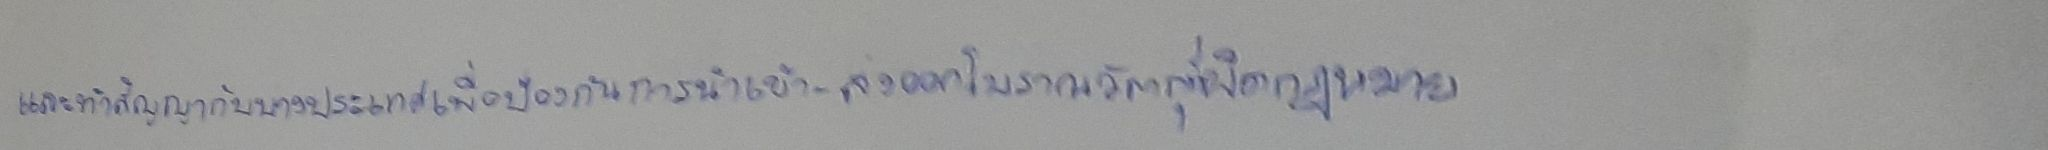
และทำสัญญากับบางประเทศเพื่อป้องกันการนำเข้า-ส่งออกโบราณวัตถุที่ผิดกฎหมาย